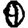
Digit: 0